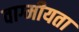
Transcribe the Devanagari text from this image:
वाग्मीयता